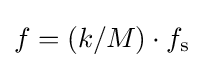
f=({k}/{M})\cdot f_{\mathrm {s} }